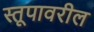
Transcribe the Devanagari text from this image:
स्तूपावरील